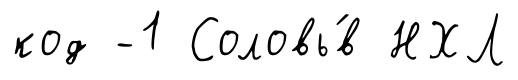
код -1 Соловь́в НХЛ